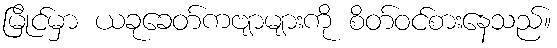
မြိုင်မှာ ယခုခေတ်ကဗျာများကို စိတ်ဝင်စားနေသည်။